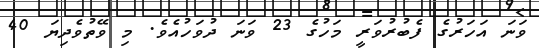
ވަނަ އަހަރުގެ ފެބުރުވަރީ މަހުގެ 23 ވަނަ ދުވަހުއެވެ. މި ވޭތުވެދިޔަ 40